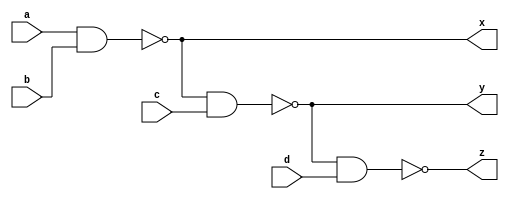
`timescale 1ns / 1ps

module inv(
    input a,
    input b,
    input c,
    input d,
    output x,
    output y,
    output z
);
    
assign x = ~(a&b);
assign y = ~(x&c);
assign z = ~(y&d);

endmodule